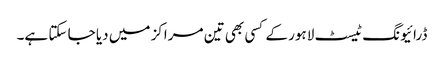
ڈرائیونگ ٹیسٹ لاہور کے کسی بھی تین مراکز میں دیا جا سکتا ہے۔